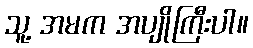
သူ့ အမက အပျိုကြီးပါ။